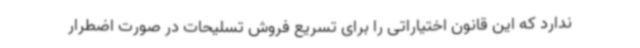
ندارد که این قانون اختیاراتی را برای تسریع فروش تسلیحات در صورت اضطرار